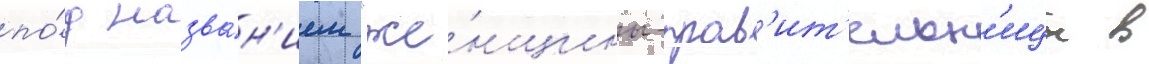
по́д назва́н'ием "же́нщины-прав'ит'ельн'ицы в